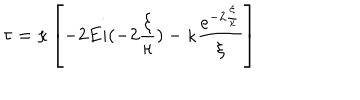
\tau = \kappa \left[ - 2 E i ( - 2 \frac { \xi } { \kappa } ) - \kappa \frac { e ^ { - 2 \frac { \xi } { \kappa } } } { \xi } \right]